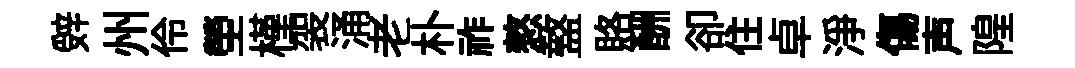
辤州伶塋槿袈涌老朴祚憗盩賂酬卻住卓浄傷声隍